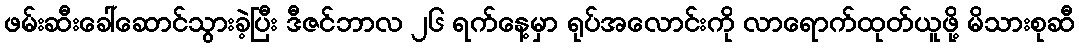
ဖမ်းဆီးခေါ်ဆောင်သွားခဲ့ပြီး ဒီဇင်ဘာလ ၂၆ ရက်နေ့မှာ ရုပ်အလောင်းကို လာရောက်ထုတ်ယူဖို့ မိသားစုဆီ